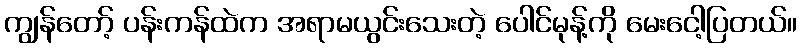
ကျွန်တော့် ပန်းကန်ထဲက အရာမယွင်းသေးတဲ့ ပေါင်မုန့်ကို မေးငေါ့ပြတယ်။